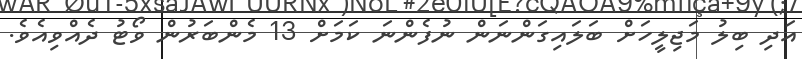
އަދި ބިލު މަޖިލީހަށް ބަލައިގަންނަން ނުފެންނަ ކަމަށް 13 މެންބަރުން ވޯޓު ދެއްވިއެވެ.